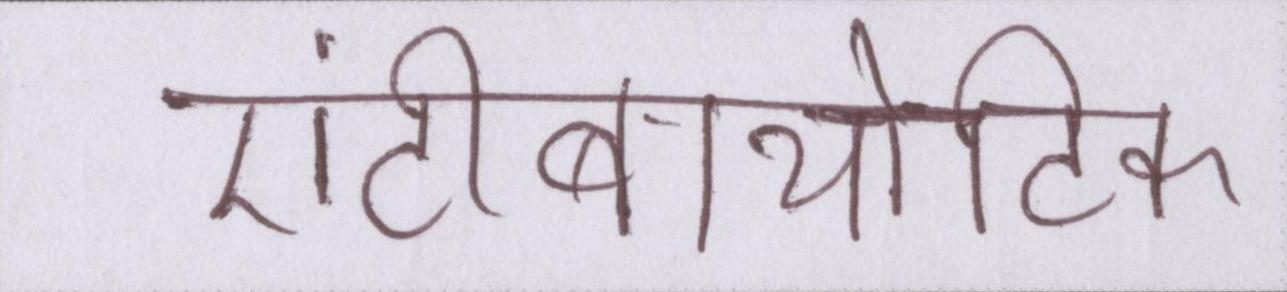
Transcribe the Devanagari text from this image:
एंटीबायोटिक